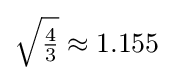
{\sqrt {\tfrac {4}{3}}}\approx 1.155